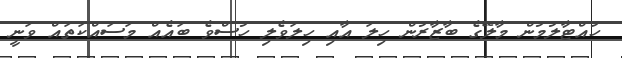
ހުއްޓާލުމުން މާލޭގެ ބާޒާރުން ހިލަ އާއި ހިލަވެލި ހުސްވެ ބައެއް މަސައްކަތައް ވަނީ